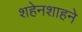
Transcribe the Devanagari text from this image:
शहेनशाहने